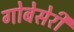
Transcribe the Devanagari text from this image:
गोबेसेरी